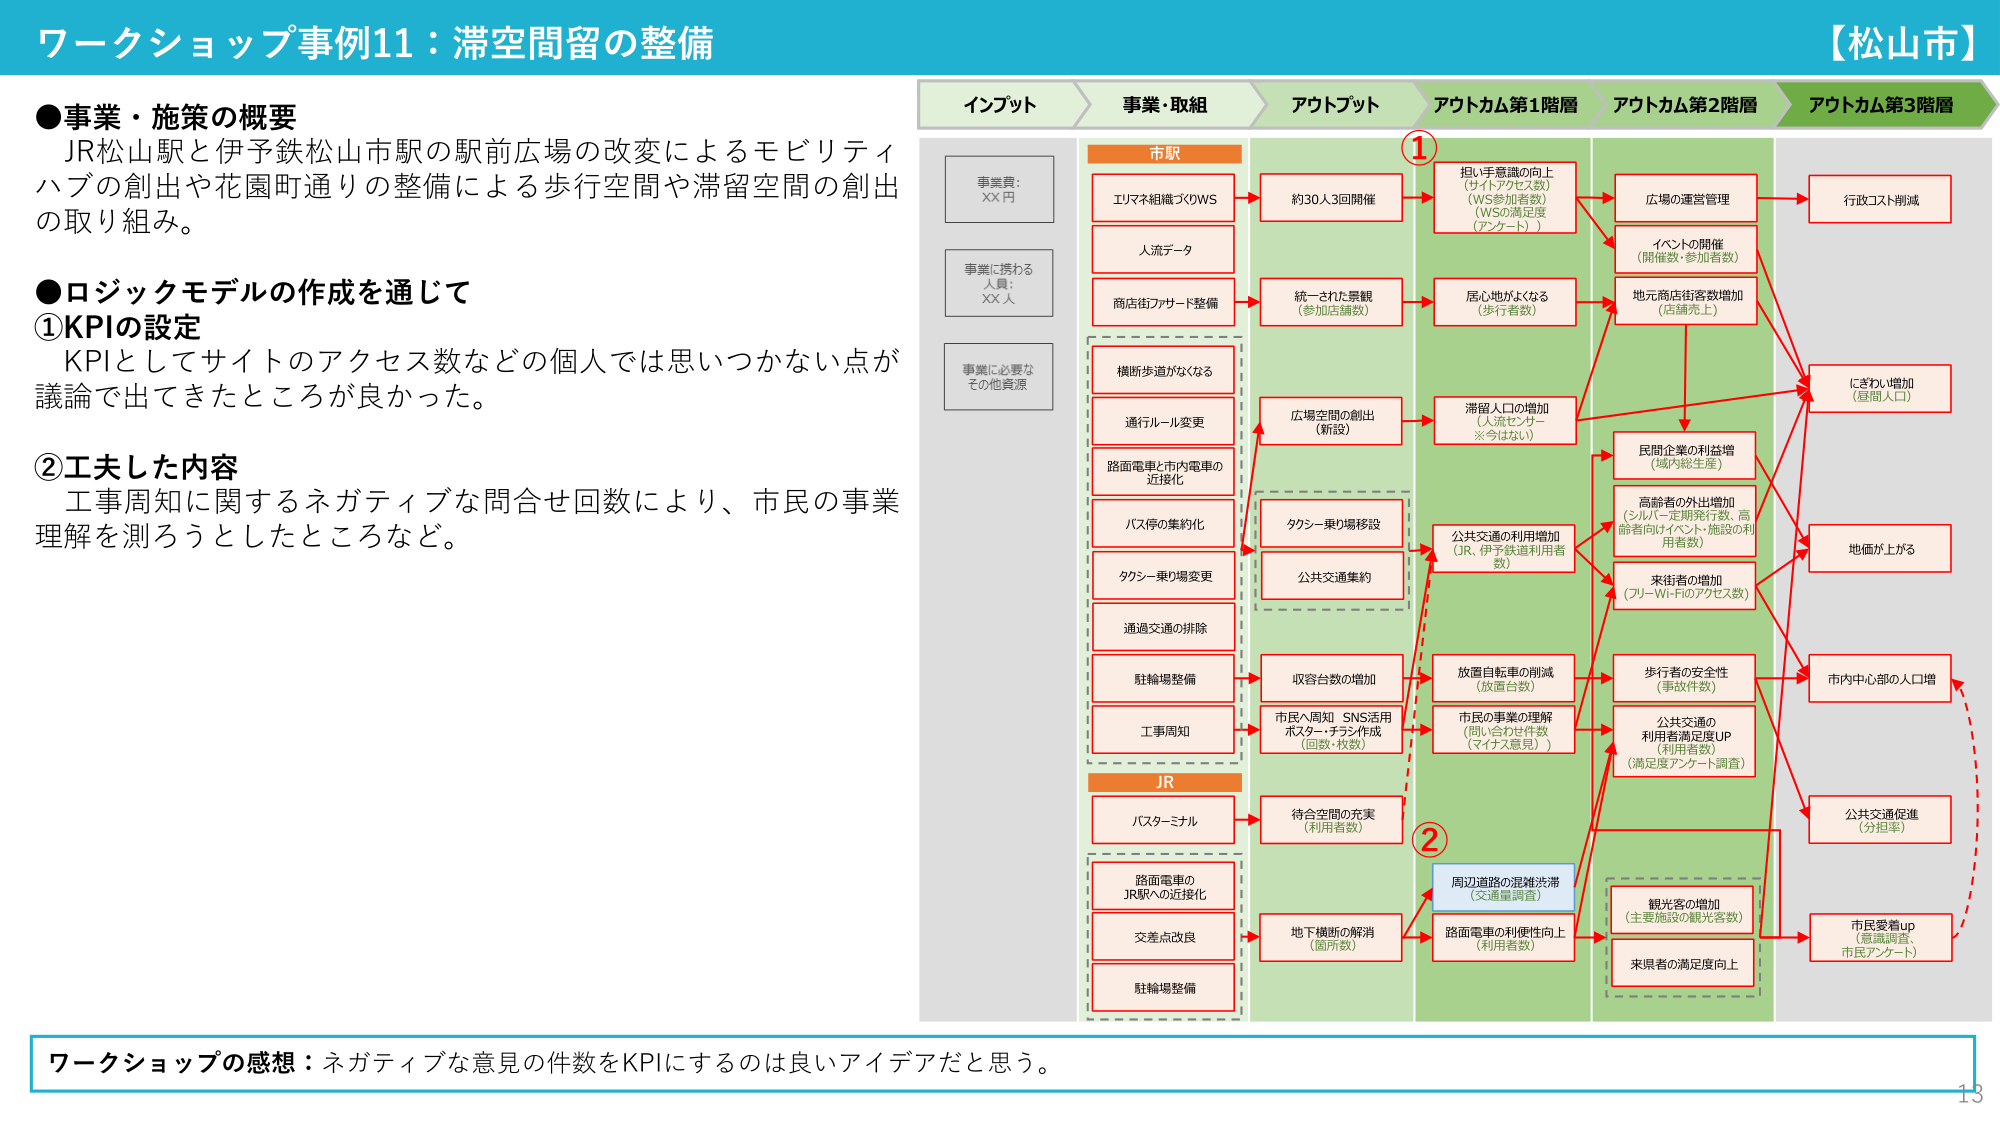
ワークショップ事例11：滞空間留の整備
【松山市】

●事業・施策の概要
JR松山駅と伊予鉄松山市駅の駅前広場の改変によるモビリティハブの創出や花園町通りの整備による歩行空間や滞留空間の創出の取り組み。

●ロジックモデルの作成を通じて
①KPIの設定
KPIとしてサイトのアクセス数などの個人では思いつかない点が議論で出てきたところが良かった。

②工夫した内容
工事周知に関するネガティブな問合せ回数により、市民の事業理解を測ろうとしたところなど。

インプット
事業費：XX円
事業に携わる人員：XX人
事業に必要なその他資源

事業・取組
市駅
エリマ組織づくりWS
人流データ
商店街ファサード整備
横断歩道がなくなる
通行ルール変更
路面電車と市内電車の近接化
バス停の集約化
タクシー乗り場変更
通過交通の排除
駐輪場整備
工事周知

JR
バスターミナル
路面電車のJR駅への近接化
交差点改良
駐輪場整備

アウトプット
約30人3回開催
統一された景観（参加店舗数）
広場空間の創出（新設）
タクシー乗り場移設
公共交通集約
収容台数の増加
市民へ周知 SNS活用 ポスター・チラシ作成（回数・枚数）
待合空間の充実（利用者数）
地下横断の解消（箇所数）

アウトカム第1階層
担い手意識の向上（サイトアクセス数）（WS参加者数）（WSの満足度（アンケート））
居心地がよくなる（歩行者数）
滞留人口の増加（人流センサー※今はなし）
公共交通の利用増加（JR、伊予鉄道利用者数）
放置自転車の削減（放置台数）
市民の事業の理解（問い合わせ件数）（マイナス意見））
周辺道路の混雑渋滞（交通量調査）
路面電車の利便性向上（利用者数）

アウトカム第2階層
広場の運営管理
イベントの開催（開催数・参加者数）
地元商店街客数増加（店舗売上）
民間企業の利益増（域内総生産）
高齢者の外出増加（シルバー定期発行数、高齢者向けイベント・施設の利用者数）
来街者の増加（フリーWi-Fiのアクセス数）
歩行者の安全性（事故件数）
公共交通の利用者満足度UP（利用者数）（満足度アンケート調査）
観光客の増加（主要施設の観光客数）
来県者の満足度向上

アウトカム第3階層
行政コスト削減
にぎわい増加（昼間人口）
地価が上がる
市内中心部の人口増
公共交通促進（分担率）
市民愛着up（意識調査、市民アンケート）

ワークショップの感想：ネガティブな意見の件数をKPIにするのは良いアイデアだと思う。
13